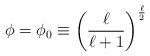
LaTeX: \begin{align*}\phi=\phi_0\equiv \left(\frac{\ell}{\ell+1}\right)^{\frac{\ell}{2}} \end{align*}